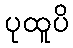
ပုထူပိ